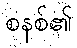
စနစ်၏